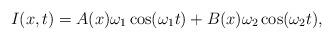
LaTeX: \begin{align*}I(x,t) = A(x)\omega_1 \cos(\omega_1 t) + B(x)\omega_2\cos(\omega_2 t),\end{align*}